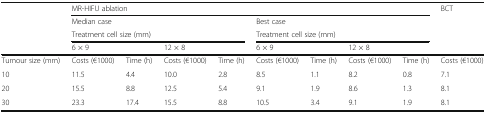
<table><thead><tr><td></td><td colspan="8"><b>MR-HIFU ablation</b></td><td><b>BCT</b></td></tr><tr><td></td><td><b>Median case</b></td><td></td><td></td><td></td><td><b>Best case</b></td><td></td><td></td><td></td><td></td></tr><tr><td></td><td colspan="4"><b>Treatment cell size (mm)</b></td><td colspan="4"><b>Treatment cell size (mm)</b></td><td></td></tr><tr><td></td><td colspan="2"><b>6 × 9</b></td><td colspan="2"><b>12 × 8</b></td><td colspan="2"><b>6 × 9</b></td><td colspan="2"><b>12 × 8</b></td><td></td></tr></thead><tbody><tr><td>Tumour size (mm)</td><td>Costs (€1000)</td><td>Time (h)</td><td>Costs (€1000)</td><td>Time (h)</td><td>Costs (€1000)</td><td>Time (h)</td><td>Costs (€1000)</td><td>Time (h)</td><td>Costs (€1000)</td></tr><tr><td>10</td><td>11.5</td><td>4.4</td><td>10.0</td><td>2.8</td><td>8.5</td><td>1.1</td><td>8.2</td><td>0.8</td><td>7.1</td></tr><tr><td>20</td><td>15.5</td><td>8.8</td><td>12.5</td><td>5.4</td><td>9.1</td><td>1.9</td><td>8.6</td><td>1.3</td><td>8.1</td></tr><tr><td>30</td><td>23.3</td><td>17.4</td><td>15.5</td><td>8.8</td><td>10.5</td><td>3.4</td><td>9.1</td><td>1.9</td><td>8.1</td></tr></tbody></table>